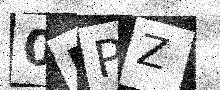
Text: 0NPZ